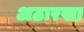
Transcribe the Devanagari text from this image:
अठारखा